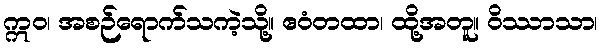
ဣဝ၊ အစဉ်ရောက်သကဲ့သို့။ ဧဝံတထာ၊ ထို့အတူ။ ဝိဿာသာ၊